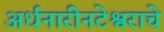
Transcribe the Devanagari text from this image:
अर्धनारीनटेश्वराचे